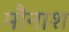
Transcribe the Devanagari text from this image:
मौनाश